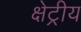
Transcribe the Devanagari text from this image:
क्षेट्रीय